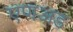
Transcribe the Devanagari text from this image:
एणअड